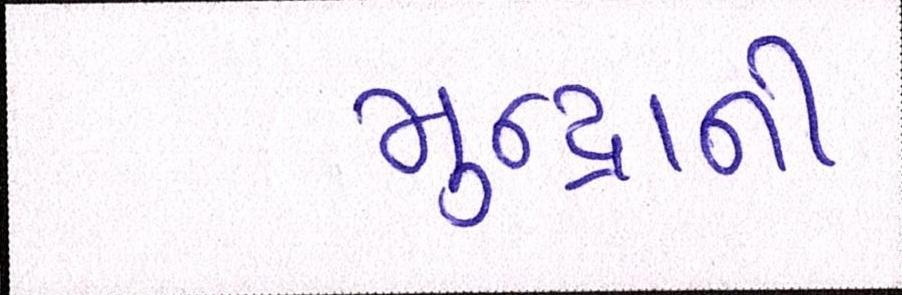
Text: મુન્દ્રાની